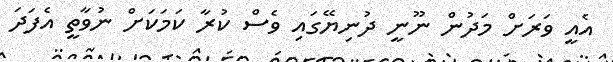
އެއީ ވަރަށް މަދުން ނޫނީ ދުނިޔޭގައި ވެސް ކުރާ ކަމަކަށް ނުވާތީ އެފަދަ